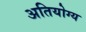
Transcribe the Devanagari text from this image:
अतियोग्य